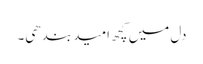
دل میں کچھ امید بندھی۔